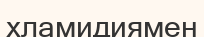
хламидиямен